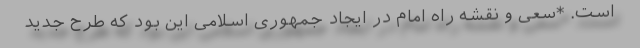
است. *سعی و نقشه راه امام در ایجاد جمهوری اسلامی این بود که طرح جدید